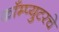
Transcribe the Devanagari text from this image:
काँम्प्युटरचे